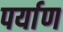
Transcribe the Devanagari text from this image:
पर्याण